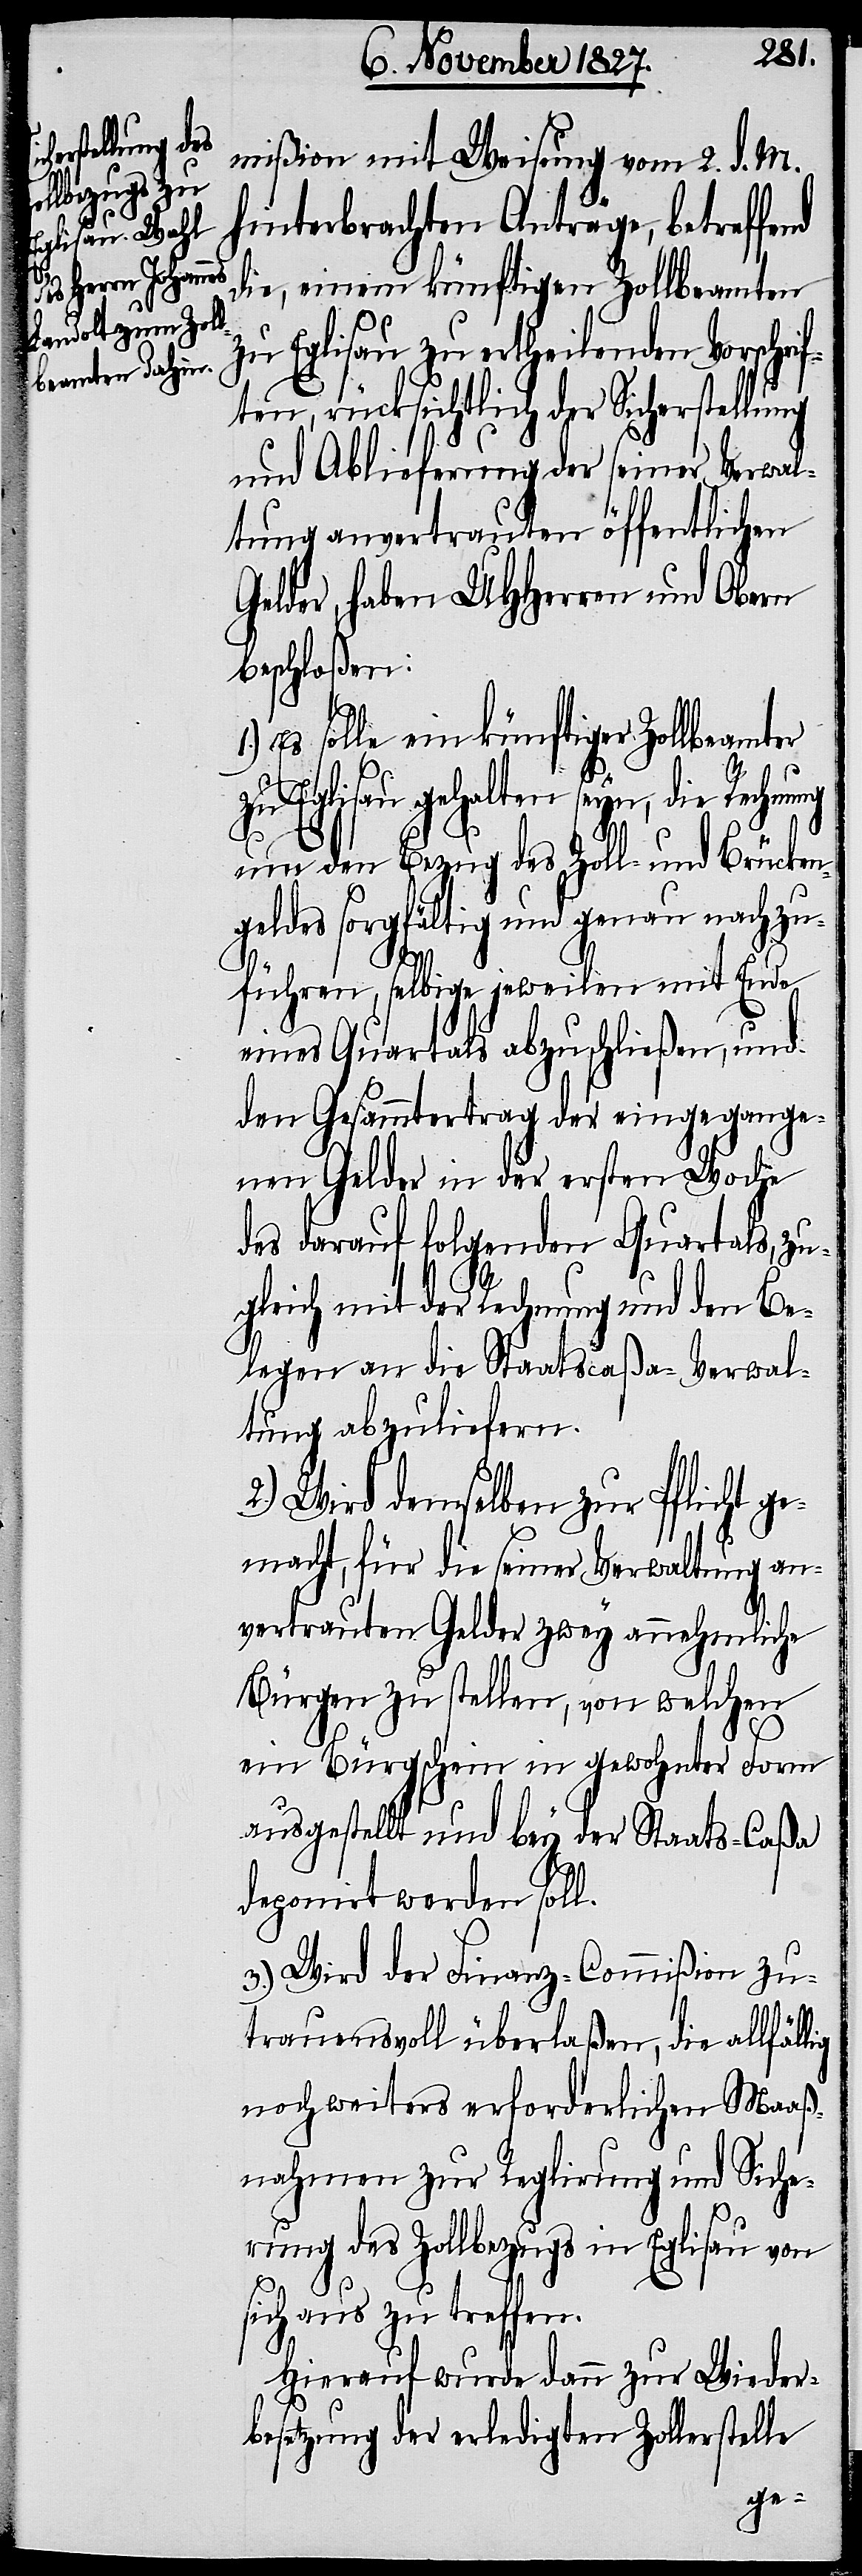
lig
Rechnung

mißion mit Weisung vom 2. d. M.
hinterbrachten Anträge, betreffe¬
die, einem künftigen Zollbeamten
zu Eglisau zu ertheilenden Vorschri¬
ften, rücksichtlich der Sicherstellung
und Ablieferung der seiner Verwal¬
tung anvertrauten öffentlichen
Gelder, haben UHHerren und Obern
beschloßen:
Es solle ein künftiger Zollbeamter
Eglisau gehalten seyn, die
um den Bezug des Zoll- und Brücken¬
geldes sorgfältig und genau nachzu¬
führen, selbige jeweilen mit Ende
eines Quartals abzuschließen, und
den Gesammtertrag der eingegange¬
nen Gelder in der ersten Woche
des darauf folgenden Quartals, zu¬
gleich mit der Rechnung und den Be¬
legen an die Staatscaßa-Verwal¬
tung abzuliefern.
2.) Wird demselben zur Pflicht ge¬
macht, für die seiner Verwaltung an¬
vertrauten Gelder zwey annehmliche
Bürgen zu stellen, von welchen
ein Bürgschein in gewohnter Form
ausgestellt und bey der Staats-Caßa
deponirt werden soll.
3.) Wird der Finanz-Commißion zu¬
trauensvoll überlaßen, die allfäl¬
noch weiters erforderlichen Maaß¬
nahmen zur Reglirung und Siche¬
rung des Zollbezugs in Eglisau von
sich aus zu treffen.
Hierauf wurde dann zur Wieder¬
besetzung der erledigten Zollerstelle